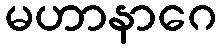
မဟာနာဂေ